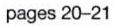
pages 20-21